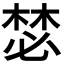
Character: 𣕾